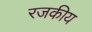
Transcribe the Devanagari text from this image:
रजकीय